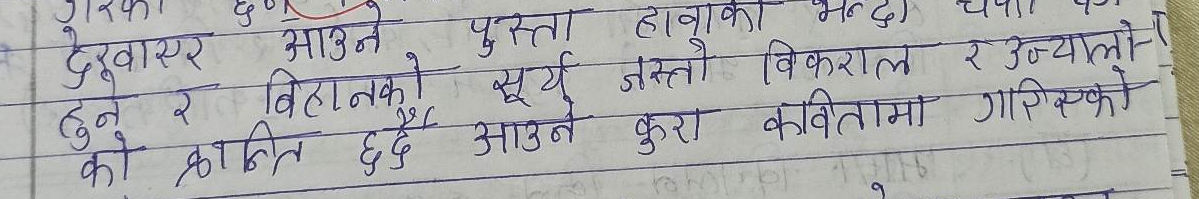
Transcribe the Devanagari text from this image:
देखाइएर आउने पुस्ता हावाको भन्दा) च्यापीको
हुने र बिहानको सूर्य जस्तो विकराल र उज्यालो
को क्रान्ति छँदै आउने कुरा कवितामा गारिएको